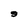
Character: g